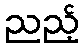
ညည့်